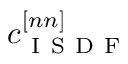
c _ { \mathrm { ~ I ~ S ~ D ~ F ~ } } ^ { [ n n ] }